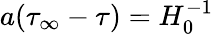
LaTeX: a(\tau_{\infty}-\tau)=H_{0}^{-1}